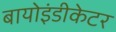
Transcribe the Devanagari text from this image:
बायोइंडीकेटर